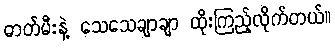
ဓာတ်မီးနဲ့ သေသေချာချာ ထိုးကြည့်လိုက်တယ်။